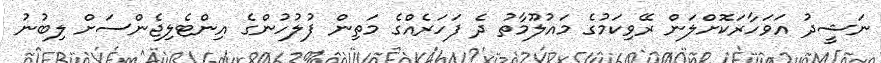
ނަޝީދު އަވަހާރަކޮށްލަން ރޭވިކަމުގެ މައުލޫމާތު ދެ ފަހަރެއްގެ މަތިން ފުލުހުންގެ އިންޓެލިޖެންސަށް ލިބުނު